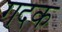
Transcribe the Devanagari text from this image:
गदक